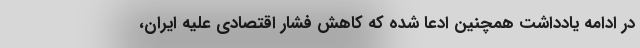
در ادامه یادداشت همچنین ادعا شده که کاهش فشار اقتصادی علیه ایران،